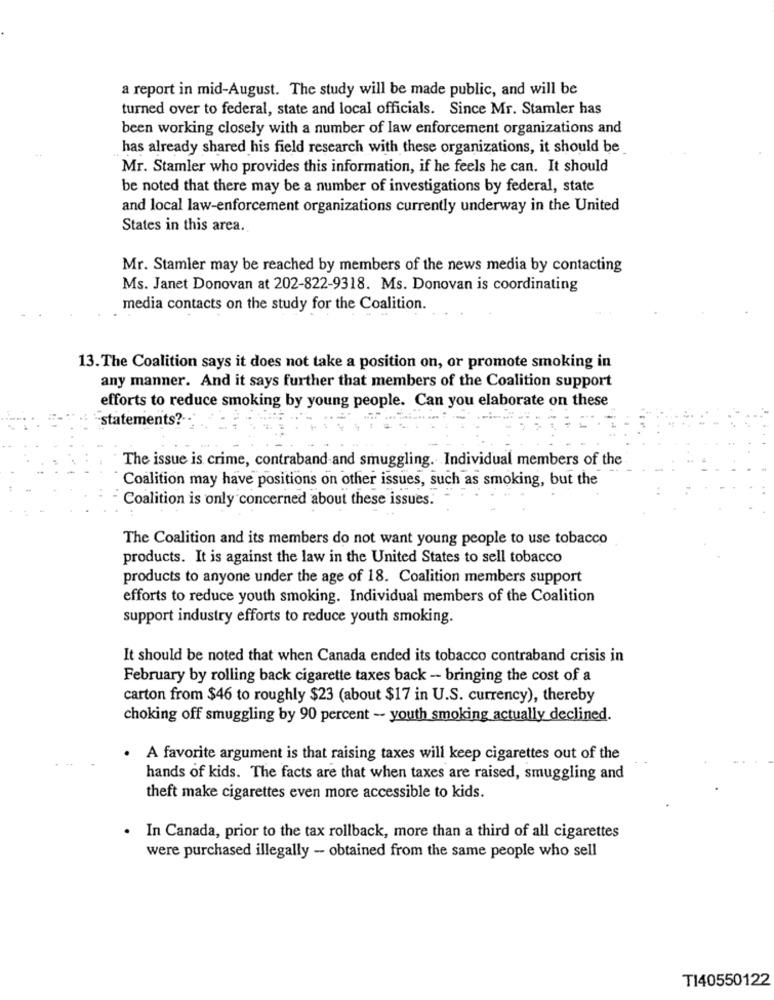
a report in mid-August. The study will be made public, and will be
turned over to federal, state and local officials. Since Mr. Stamler has
been working closely with a number of law enforcement organizations and
has already shared his field research with these organizations, it should be
Mr. Stamler who provides this information, if he feels he can. It should
be noted that there may be a number of investigations by federal, state
and local law-enforcement organizations currently underway in the United
States in this area.
Mr. Stamler may be reached by members of the news media by contacting
Ms. Janet Donovan at 202-822-9318. Ms. Donovan is coordinating
media contacts on the study for the Coalition.
13. The Coalition says it does not take a position on, or promote smoking in
any manner. And it says further that members of the Coalition support
efforts to reduce smoking by young people. Can you elaborate on these
statements ?-
The issue is crime, contraband and smuggling. Individual members of the
Coalition may have positions on other issues, such as smoking, but the
Coalition is only concerned about these issues.
The Coalition and its members do not want young people to use tobacco
products. It is against the law in the United States to sell tobacco
products to anyone under the age of 18. Coalition members support
efforts to reduce youth smoking. Individual members of the Coalition
support industry efforts to reduce youth smoking.
It should be noted that when Canada ended its tobacco contraband crisis in
February by rolling back cigarette taxes back - bringing the cost of a
carton from $46 to roughly $23 (about $17 in U.S. currency), thereby
choking off smuggling by 90 percent -- youth smoking actually declined.
. A favorite argument is that raising taxes will keep cigarettes out of the
hands of kids. The facts are that when taxes are raised, smuggling and
theft make cigarettes even more accessible to kids.
. In Canada, prior to the tax rollback, more than a third of all cigarettes
were purchased illegally - obtained from the same people who sell
TI40550122